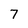
Character: 7